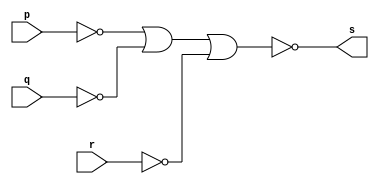
// ---------
// Exemplo0009 - AND
// Nome:Rafael Lopes Barbosa
// -----------------
// -----------------
// -- AND gate
module andgate(output s, input p, input q, input r);
assign s = ~(~p | ~q | ~r);
endmodule // andgate
// ------------
// -- test AND gate
// ------------
module testeandgate;
// ----------------------- dados locais
reg a,b,c; //definir registradand
			//(variavel independente)
wire s;  //definir conexao(fio)
			//(variavel dependente)
// --------------- instancia
andgate OR1 (s,a,b,c);
// --------------- preparacao
initial begin: start
a=0;
b=0;
end
// -------------- parte principal
initial begin
$display("Exemplo0009 - Rafael Lopes Barbosa - 435052");
$display("Test AND gate");
$display("\n(a ~| b ~| c = s\n");
a=0; b=0; c=0;
#1 $display("%b ~| %b ~| %b = %b",a,b,c,s);
a=0; b=0; c=1;
#1 $display("%b ~| %b ~| %b = %b",a,b,c,s);
a=0; b=1; c=0;
#1 $display("%b ~| %b ~| = %b",a,b,c,s);
a=0; b=1; c=1;
#1 $display("%b ~| %b ~| %b = %b",a,b,c,s);
a=1; b=0; c=0;
#1 $display("%b ~| %b ~| %b = %b",a,b,c,s);
a=1; b=0; c=1;
#1 $display("%b ~| %b ~| %b = %b",a,b,c,s);
a=1; b=1; c=0;
#1 $display("%b ~| %b ~| %b = %b",a,b,c,s);
a=1; b=1; c=1;
#1 $display("%b ~| %b ~| %b = %b",a,b,c,s); 			
end
endmodule // testandgate